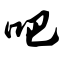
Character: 吧